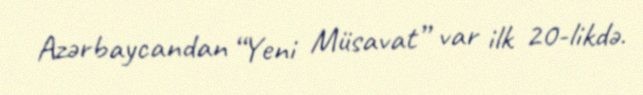
Azərbaycandan “Yeni Müsavat” var ilk 20-likdə.